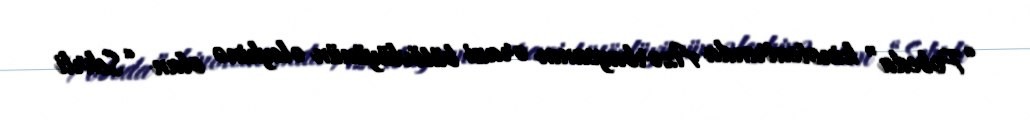
“Pobeda” kinoteatrında Azərbaycanın ərazi bütövlüyünün əleyhinə olan “Sehrli